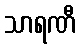
သာရဏီ